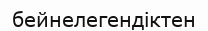
бейнелегендіктен